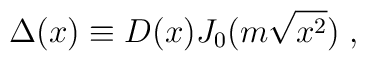
\Delta (x) \equiv D(x) J_0 (m \sqrt{x^2}) \; ,